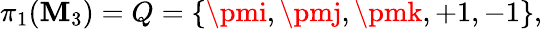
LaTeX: \pi_{1}(\mathbf{M}_{3})=Q=\{ \pmi,\pmj,\pmk,+1,-1\} ,